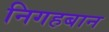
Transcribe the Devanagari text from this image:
निगहबान